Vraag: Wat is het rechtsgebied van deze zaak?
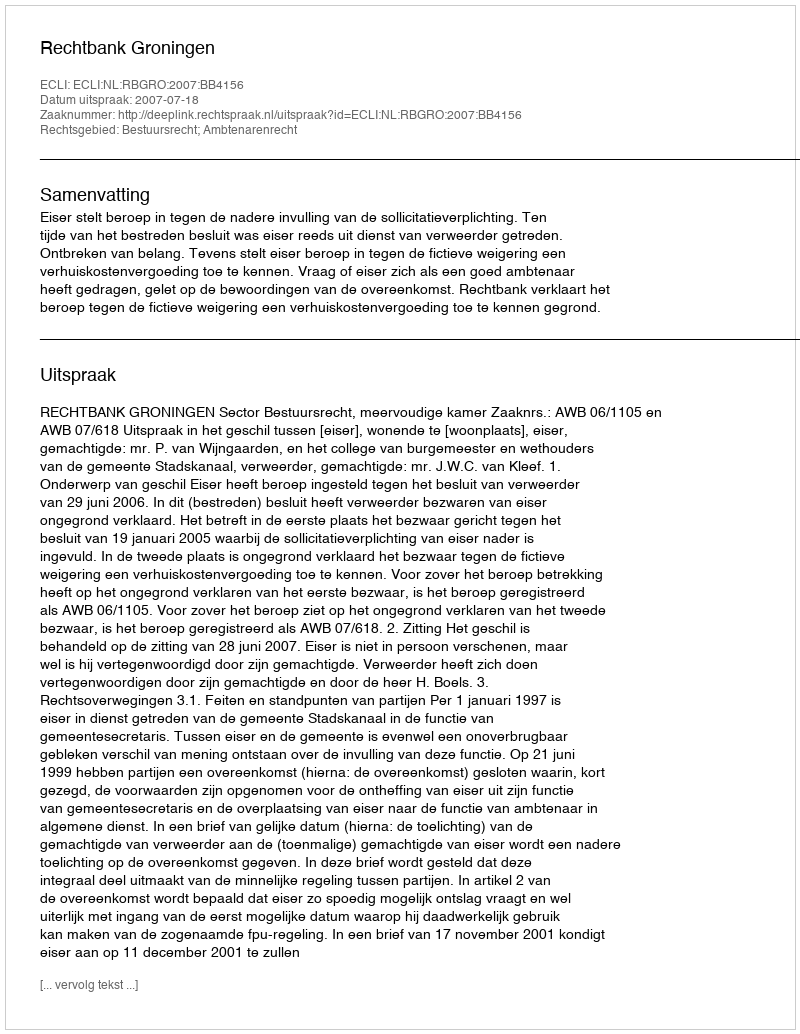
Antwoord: Bestuursrecht; Ambtenarenrecht